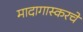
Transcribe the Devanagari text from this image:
मादागास्करचे